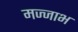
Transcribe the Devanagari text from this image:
मज्जाभ